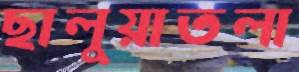
ছালুয়াতলা